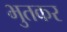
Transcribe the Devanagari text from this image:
भुतकर